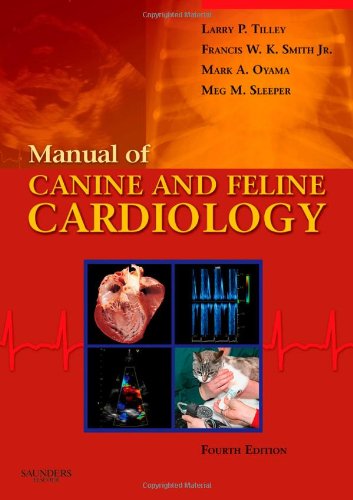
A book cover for Manual of Canine and Feline Cardiology, 4e; Larry P. Tilley DVM  DACVIM(Internal Medicine); Medical Books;